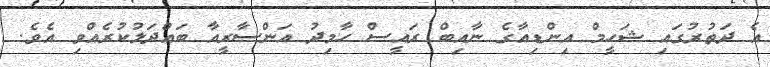
އެ ދަތުރުގައި ޝަހީމް އިންޑިއާގެ ނާއިބް ރައީސް ހާމިދު އަންސާރީއާ ބައްދަލުކުރެއްވި އެވެ.